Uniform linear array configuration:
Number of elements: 32
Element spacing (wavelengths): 0.25
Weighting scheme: hann
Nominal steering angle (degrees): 45
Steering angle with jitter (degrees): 43.174
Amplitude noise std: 0.05
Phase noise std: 0.05

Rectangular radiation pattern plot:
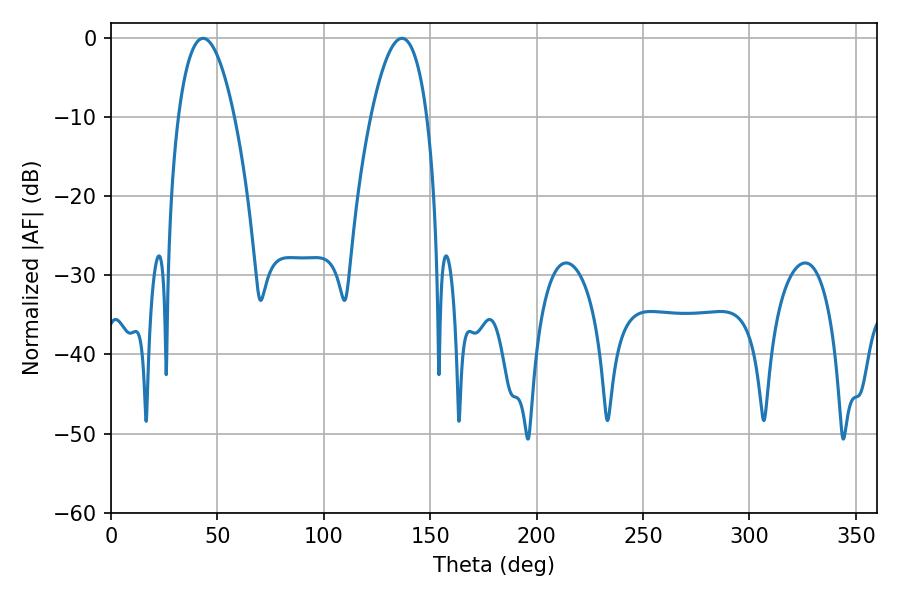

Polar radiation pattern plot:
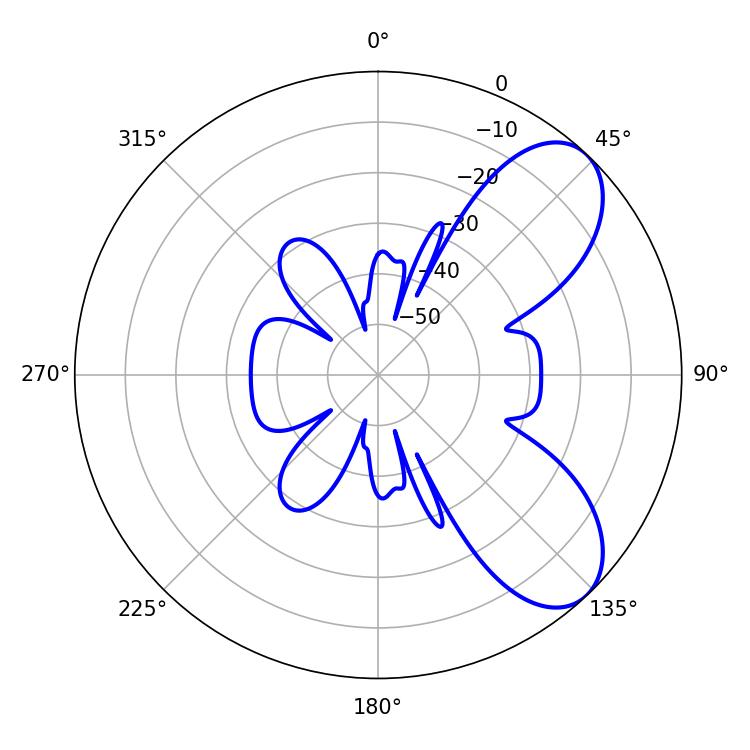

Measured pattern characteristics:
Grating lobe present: FALSE
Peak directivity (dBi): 7.246
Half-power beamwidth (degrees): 14.58
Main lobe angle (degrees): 43.2